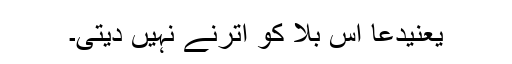
یعنیدُعا اُس بلا کو اُترنے نہیں دیتی۔